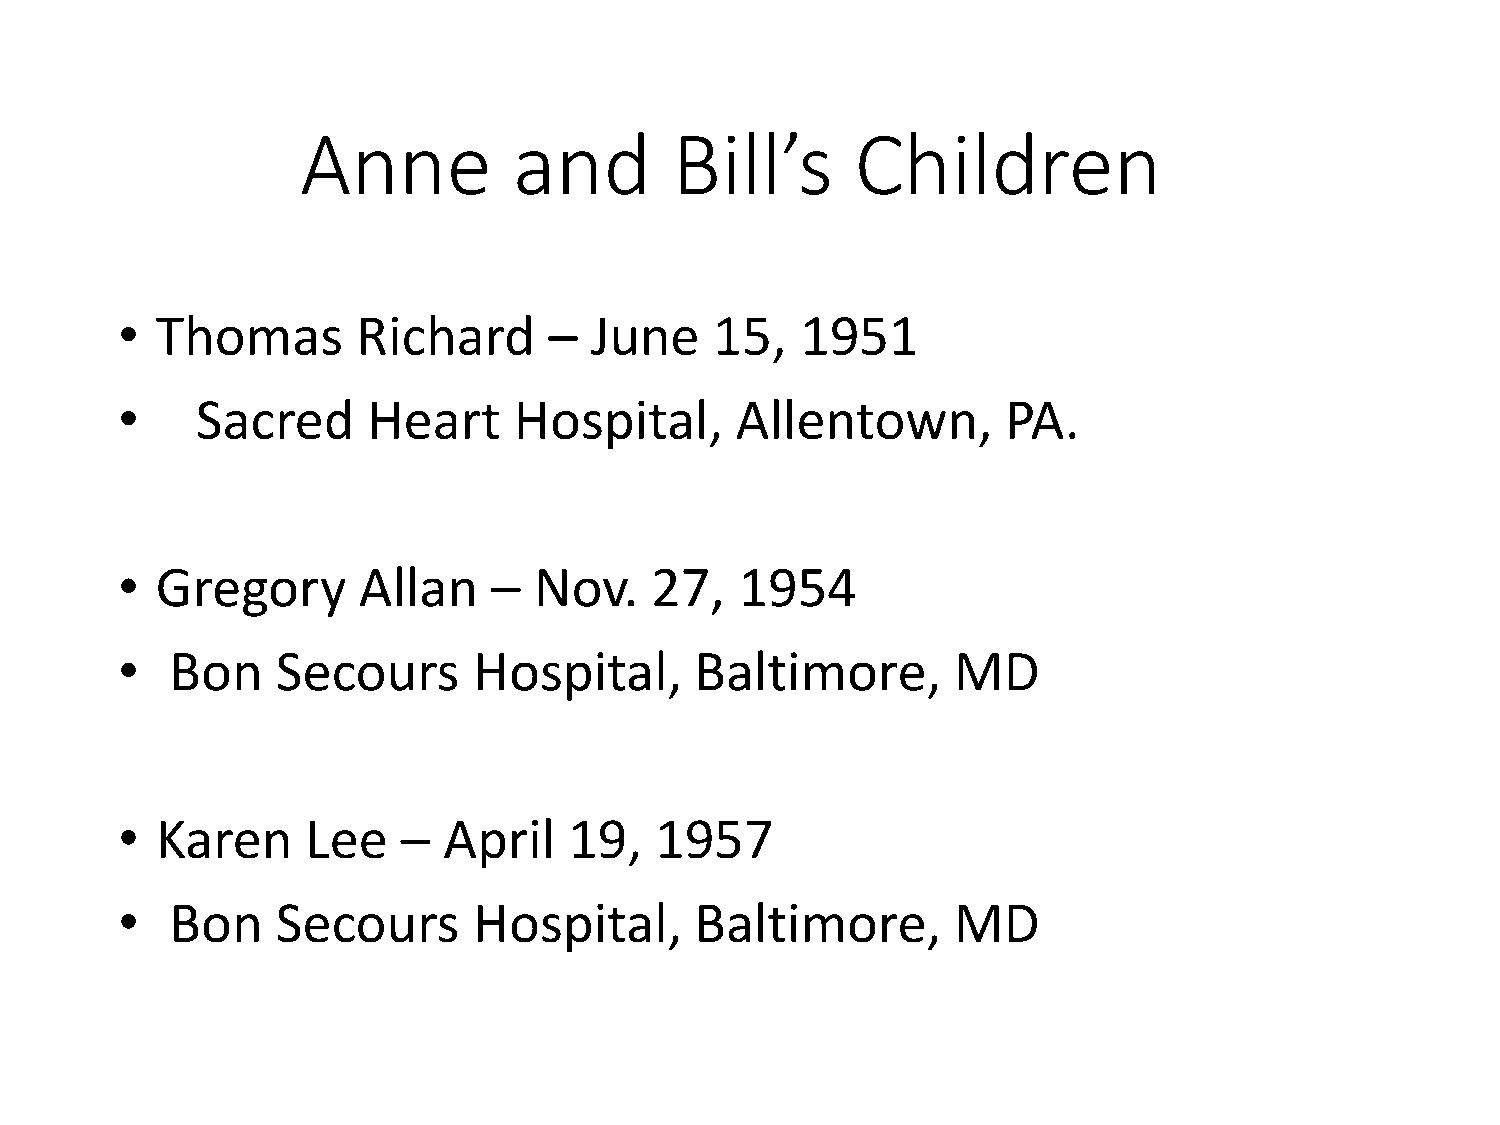
Anne          and        Bill’s      Children
 • Thomas        Richard     –  June    15,   1951
 •    Sacred     Heart     Hospital,      Allentown,        PA.
 • Gregory       Allan    – Nov.    27,   1954
 •  Bon    Secours      Hospital,      Baltimore,       MD
 • Karen     Lee    – April    19,  1957
 •  Bon    Secours      Hospital,      Baltimore,       MD